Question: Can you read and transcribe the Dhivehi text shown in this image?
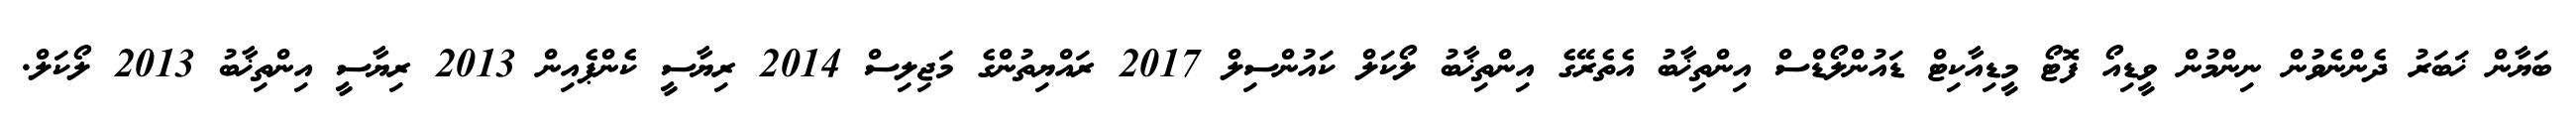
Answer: ބަޔާން ޚަބަރު ދެންނެވުން ނިންމުން ވީޑިއޯ ފޮޓޯ މީޑިއާކިޓް ޑައުންލޯޑްސް އިންތިޚާބު އެތެރޭގެ އިންތިޚާބު ލޯކަލް ކައުންސިލް 2017 ރައްޔިތުންގެ މަޖިލިސް 2014 ރިޔާސީ ކެންޕެއިން 2013 ރިޔާސީ އިންތިޚާބު 2013 ލޯކަލް.